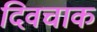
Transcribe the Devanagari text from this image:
दिवचाक